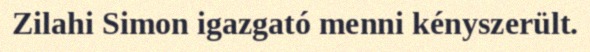
Zilahi Simon igazgató menni kényszerült.